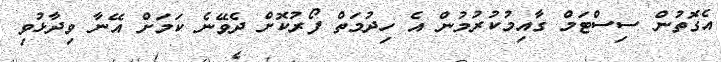
އެގޮތުން ސިސްޓަމް ގާއިމުކުރުމުން އެ ހިދުމަތް ފޯރުކޮށް ދެވޭނެ ކަމަށް އޭނާ ވިދާޅުވި